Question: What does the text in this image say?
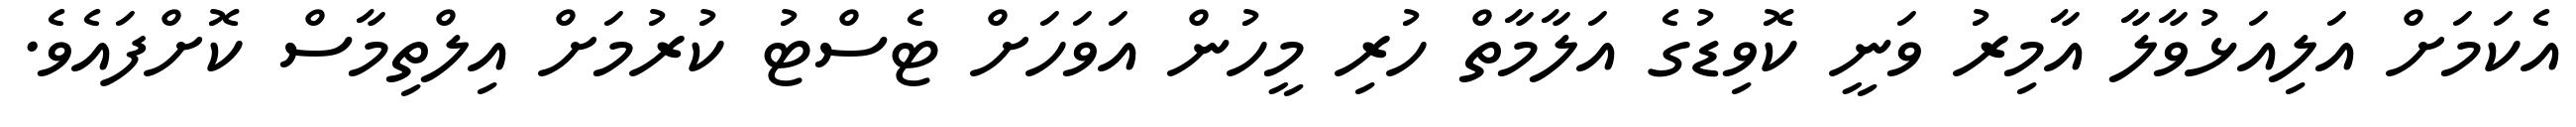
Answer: އެކަމަށް އަލިއަޅުވާލާ އާމިރު ވަނީ ކޮވިޑުގެ އަލާމާތް ހުރި މީހުން އަވަހަށް ޓެސްޓު ކުރުމަށް އިލްތިމާސް ކޮށްފައެވެ.